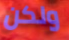
ولكن